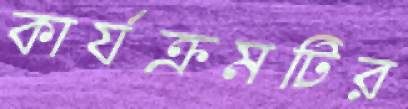
কার্যক্রমটির